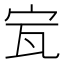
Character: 𡧗